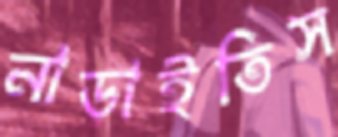
নাড়াইতিস